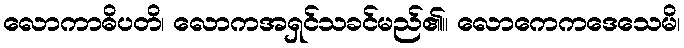
လောကာဓိပတိ၊ လောကအရှင်သခင်မည်၏။ လောကေကဒေသေမိ၊